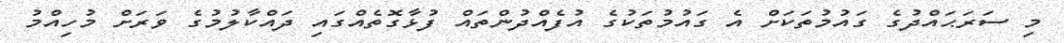
މި ސަރަޙައްދުގެ ގައުމުތަކަށް އެ ގައުމުތަކުގެ އުފެއްދުންތައް ފުޅާގޮތެއްގައި ދައްކާލުމުގެ ވަރަށް މުހިއްމު